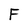
Character: F